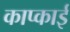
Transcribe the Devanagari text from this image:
काप्काई